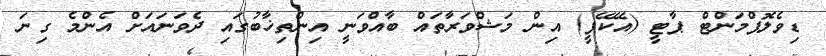
ޑިވެލޮޕްމަންޓް ޕާޓީ (އޭކޭޕީ) އިން މަޝްވަރާތައް ބާއްވަނީ އިންތިޚާބުގައި ދެވަނައަށް އެންމެ ގިނަ